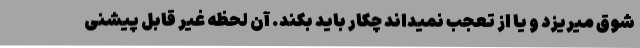
شوق میریزد و یا از تعجب نمیداند چکار باید بکند. آن لحظه غیر قابل پیشنی